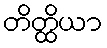
တိတ္ထိယာ